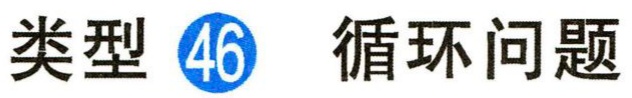
类型 \textcircled{46} 循环问题